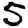
Digit: 5